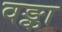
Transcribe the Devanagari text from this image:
वङ्का